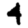
Digit: 4